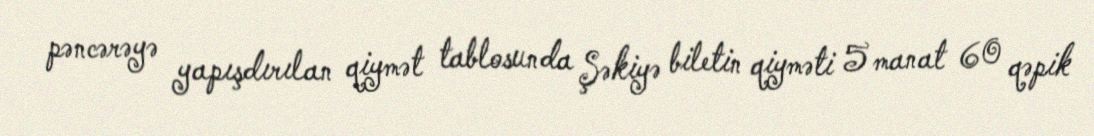
pəncərəyə yapışdırılan qiymət tablosunda Şəkiyə biletin qiyməti 5 manat 60 qəpik